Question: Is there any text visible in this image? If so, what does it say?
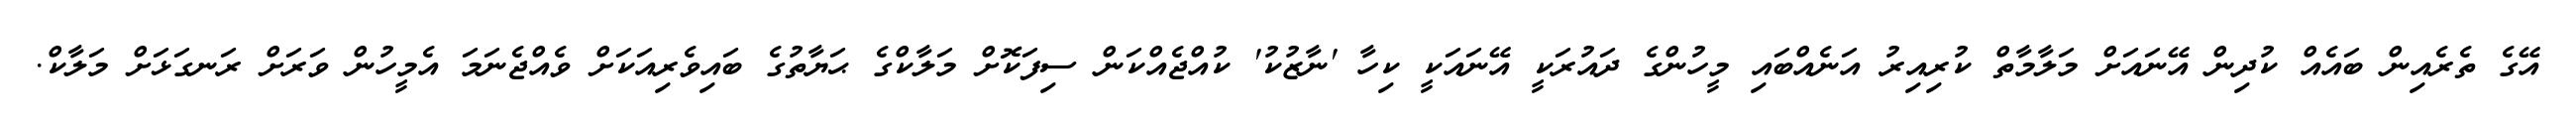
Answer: އޭގެ ތެރެއިން ބައެއް ކުދިން އޭނައަށް މަލާމާތް ކުރިއިރު އަނެއްބައި މީހުންގެ ދައުރަކީ އޭނައަކީ ކިހާ 'ނާޒުކު' ކުއްޖެއްކަން ސިފަކޮށް މަލާކްގެ ޙަޔާތުގެ ބައިވެރިއަކަށް ވެއްޖެނަމަ އެމީހުން ވަރަށް ރަނގަޅަށް މަލާކް.